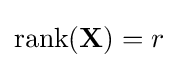
\operatorname {rank} (\mathbf {X} )=r